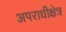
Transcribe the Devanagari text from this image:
अपराधीक्षेत्र